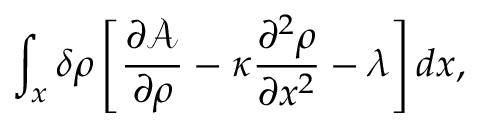
\int _ { x } \delta \rho \left[ \frac { \partial \mathcal { A } } { \partial \rho } - \kappa \frac { \partial ^ { 2 } \rho } { \partial x ^ { 2 } } - \lambda \right] d x ,